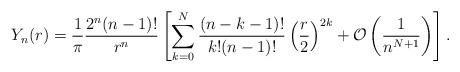
LaTeX: \begin{align*}Y_n(r) = \frac{1}{ \pi} \frac{2^n (n-1)!}{r^n} \left[\sum_{k = 0}^N \frac{ (n-k-1)!}{k!(n-1)!} \left( \frac{r}{2} \right)^{2k}+\mathcal O\left(\frac{1}{n^{N+1}} \right)\right] .\end{align*}